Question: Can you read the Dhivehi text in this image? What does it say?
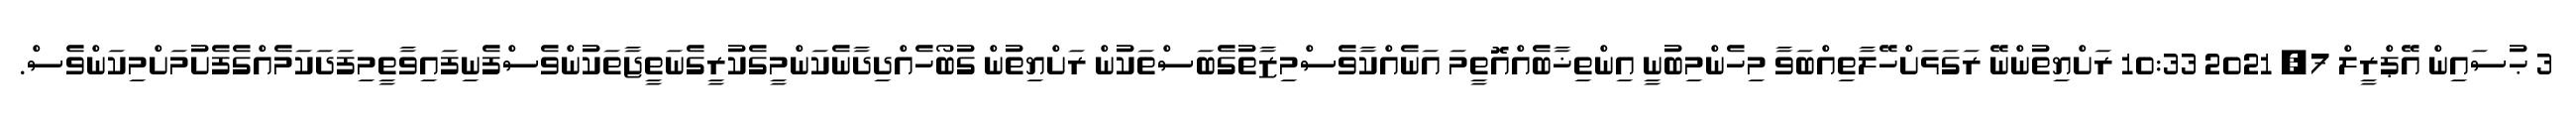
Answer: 3 ޙުސައިން އޭޕްރީލް 7, 2021 10:33 ރަށްޔިތުންނޭ ރަގަޅަށްހޭލާތިއްބަވާ މިހެންމިބުނީ އިންތިޚާބެއްއޮތީމަ އަނެއްކާވެސްމިޒާތުގެބަސްތަކުން ރަށްޔިތުން ގުބޯހެއްދިދާނެކަންމީގެކުރީގެނަތީޖާތަކުންވެސްފެނިފައިވާތީމިފަދަކަމެއްގެފެށުމަށްމިކަންވެސް.